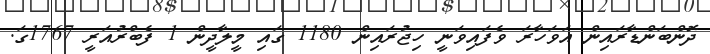
ދޮންބަންޑާރައިން އަވަހާރަ ވެފައިވަނީ ހިޖުރައިން 1180 ގައި މީލާދީން 1 ފެބްރުއަރީ 1767ގަ.